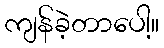
ကျန်ခဲ့တာပေါ့။